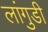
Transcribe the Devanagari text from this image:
लांगुडी